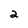
Character: 2